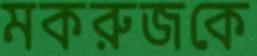
মকরুজকে